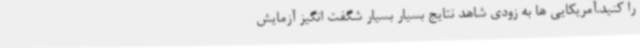
را کنید.آمریکایی ها به زودی شاهد نتایج بسیار بسیار شگفت انگیز آزمایش